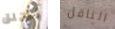
أختلق الناقل